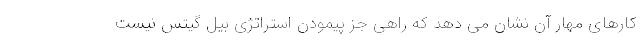
کارهای مهار آن نشان می دهد که راهی جز پیمودن استراتژی بیل گیتس نیست